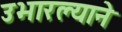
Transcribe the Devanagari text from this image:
उभारल्याने